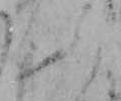
ふ